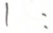
1 :